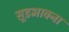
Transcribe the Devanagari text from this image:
सूडभावना